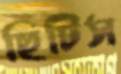
ছিটিস